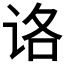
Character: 𰵤